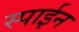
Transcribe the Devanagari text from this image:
स्पाईन